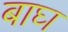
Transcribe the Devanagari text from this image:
बाघ्‍ा